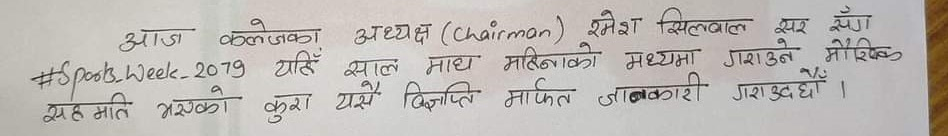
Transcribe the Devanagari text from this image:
आज कलेजका अध्यक्ष (Chairman) रमेश सिलवाल सर सँग
#Sports_Week_2079 यहिँ साल माघ महिनाको मध्यमा गराउने मौखिक
सह मति भएको कुरा यसै विज्ञप्ति मार्फत जानकारी गराउँदछौँ।